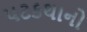
પટકથાનો